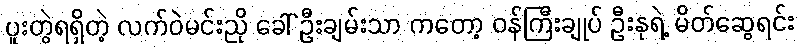
ပူးတွဲရရှိတဲ့ လက်ဝဲမင်းညို ခေါ် ဦးချမ်းသာ ကတော့ ဝန်ကြီးချုပ် ဦးနုရဲ့ မိတ်ဆွေရင်း